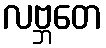
လဗ္ဘတေ